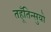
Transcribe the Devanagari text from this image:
तहूँतिन्सुयो